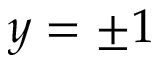
y = \pm 1